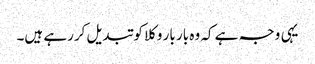
یہی وجہ ہے کہ وہ بار بار وکلا کو تبدیل کررہے ہیں۔